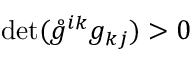
\operatorname* { d e t } ( \mathring { g } ^ { i k } g _ { k j } ) > 0